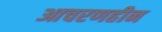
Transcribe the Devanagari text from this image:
आचरणहीन